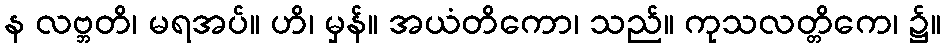
န လဗ္ဘတိ၊ မရအပ်။ ဟိ၊ မှန်။ အယံတိကော၊ သည်။ ကုသလတ္တိကေ၊ ၌။